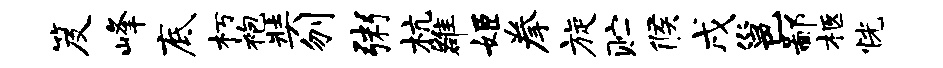
笈峰底朽袍奘刎粥杭雒姬拳旋贮候戌邕鄙柩恍